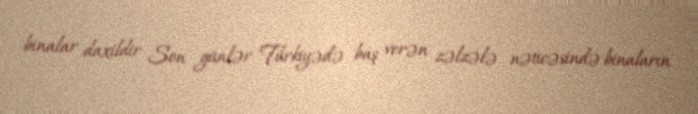
binalar daxildir Son günlər Türkiyədə baş verən zəlzələ nəticəsində binaların